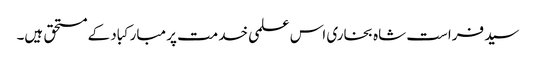
سید فراست شاہ بخاری اس علمی خدمت پر مبارکباد کے مستحق ہیں۔